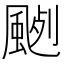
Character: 𩗦